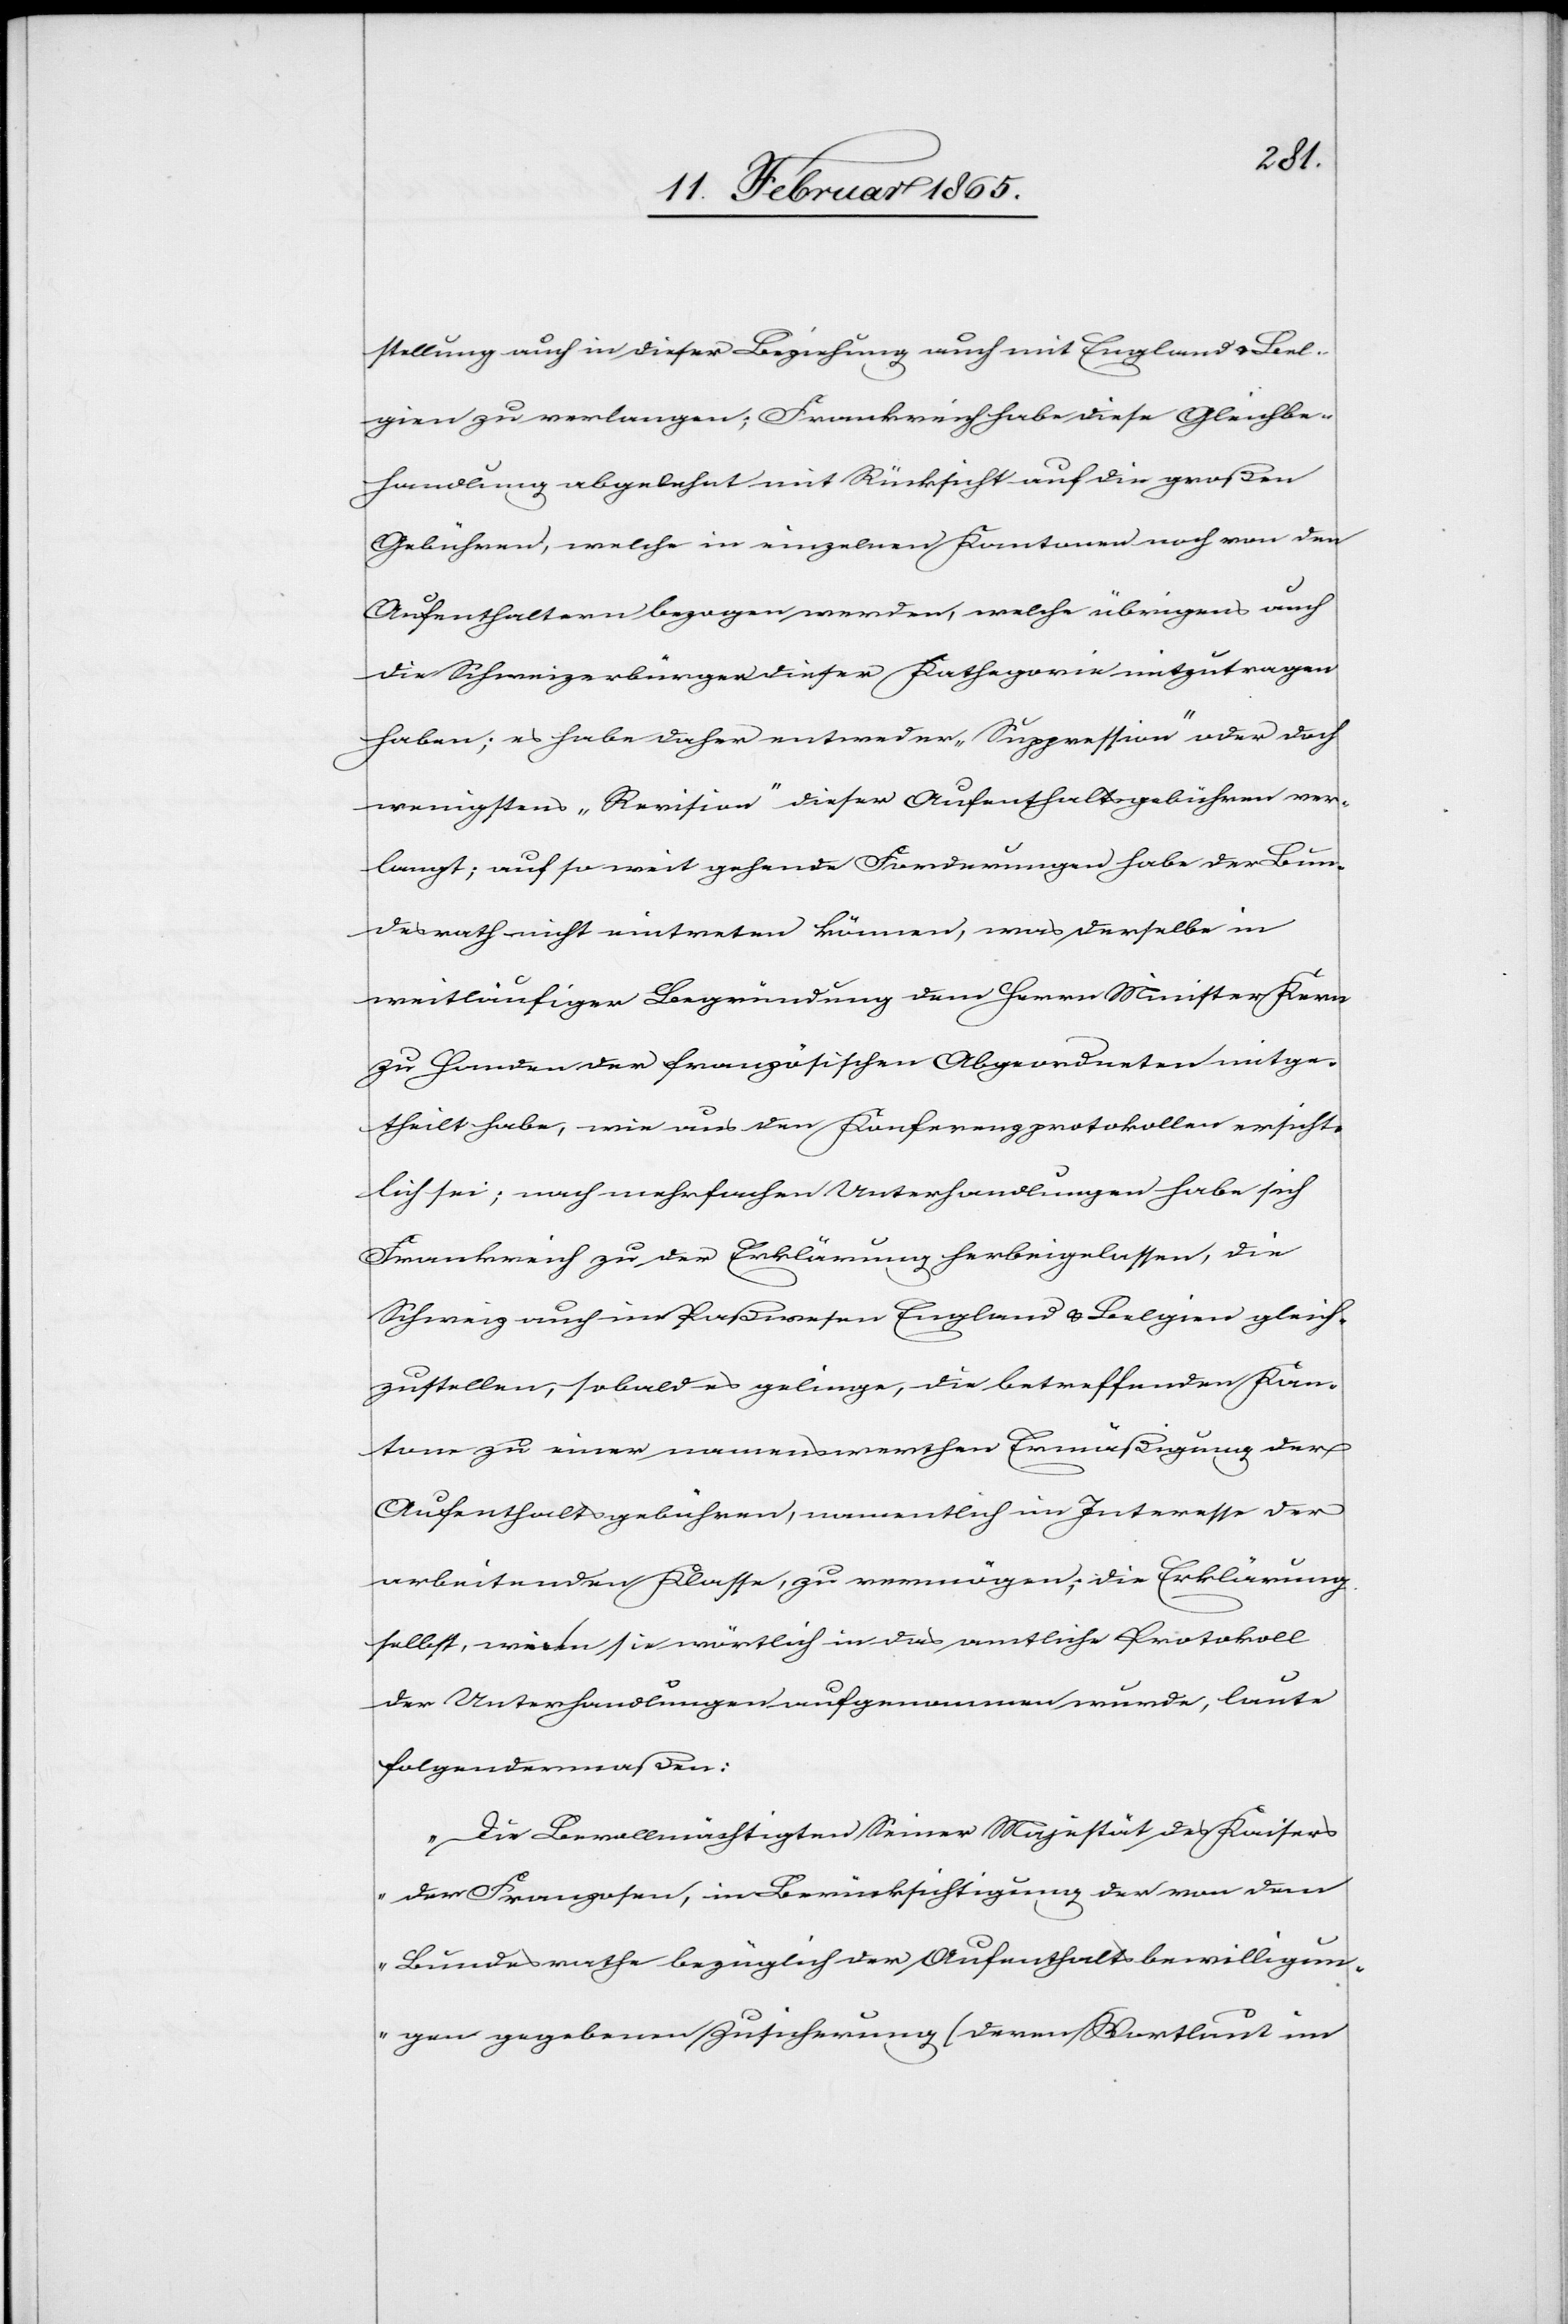
stellung auch in dieser Beziehung auch mit England u. Bel¬
gien zu verlangen; Frankreich habe diese Gleichbe¬
handlung abgelehnt mit Rücksicht auf die großen
Gebühren, welche in einzelnen Kantonen noch von den
Aufenthaltern bezogen werden, welche übrigens auch
die Schweizerbürger dieser Kathegorie mitzutragen
haben; es habe daher entweder „Suppression“ oder doch
wenigstens „Revision“ dieser Aufenthaltsgebühren ver¬
langt; auf so weit gehende Forderungen habe der Bun¬
desrath nicht eintreten können, was derselbe in
weitläufiger Begründung dem Herrn Minister Kern
zu Handen der französischen Abgeordneten mitge¬
theilt habe, wie aus den Konferenzprotokollen ersicht¬
lich sei; nach mehrfachen Unterhandlungen habe sich
Frankreich zu der Erklärung herbeigelassen, die
Schweiz auch im Paßwesen England u. Belgien gleich¬
zustellen, so bald es gelinge, die betreffenden Kan¬
tone zu einer namenswerthen Ermäßigung der
Aufenthaltsgebühren, namentlich im Interesse der
arbeitenden Klasse, zu vermögen; die Erklärung
selbst, wie sie wörtlich in das amtliche Protokoll
der Unterhandlungen aufgenommen wurde, laute
folgendermaßen:
„Die Bevollmächtigten Seiner Majestät des Kaisers
der Franzosen, in Berücksichtigung der von dem
Bundesrathe bezüglich der Aufenthaltsbewilligun¬
gen gegebenen Zusicherung [deren Wortlaut im